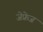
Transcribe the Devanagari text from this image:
जेफ्रेज